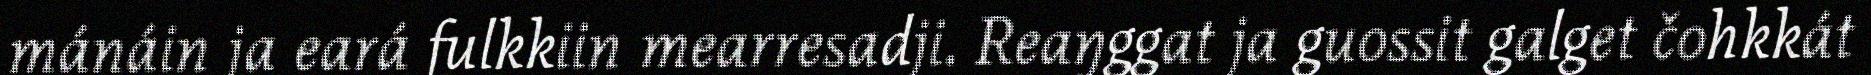
mánáin ja eará fulkkiin mearresadji. Reaŋggat ja guossit galget čohkkát